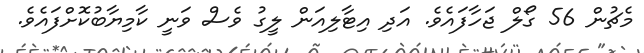
މެޗުން 56 ގޯލް ޖަހާފައެވެ. އަދި އިޓާލިއަން ލީގު ވެސް ވަނީ ކާމިޔާބުކޮށްފައެވެ.